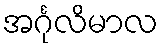
အင်္ဂုလိမာလ